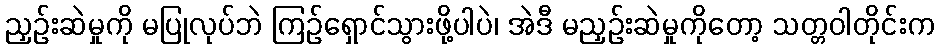
ညှဉ်းဆဲမှုကို မပြုလုပ်ဘဲ ကြဉ်ရှောင်သွားဖို့ပါပဲ၊ အဲဒီ မညှဉ်းဆဲမှုကိုတော့ သတ္တဝါတိုင်းက